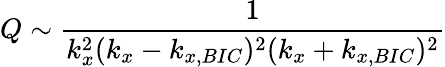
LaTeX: Q\sim\frac{1}{k_{x}^{2}(k_{x}-k_{x,BIC})^{2}(k_{x}+k_{x,BIC})^{2}}